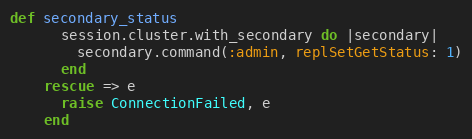
Language: Ruby
def secondary_status
      session.cluster.with_secondary do |secondary|
        secondary.command(:admin, replSetGetStatus: 1)
      end
    rescue => e
      raise ConnectionFailed, e
    end